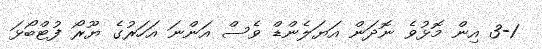
3-1 އިން މޮޅުވެ ނޮދަން އަޔަލެންޑް ވެސް އަންނަ އަހަރުގެ ޔޫރޯ ފުޓްބޯޅަ